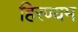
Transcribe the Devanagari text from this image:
हिरण्यम